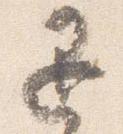
退